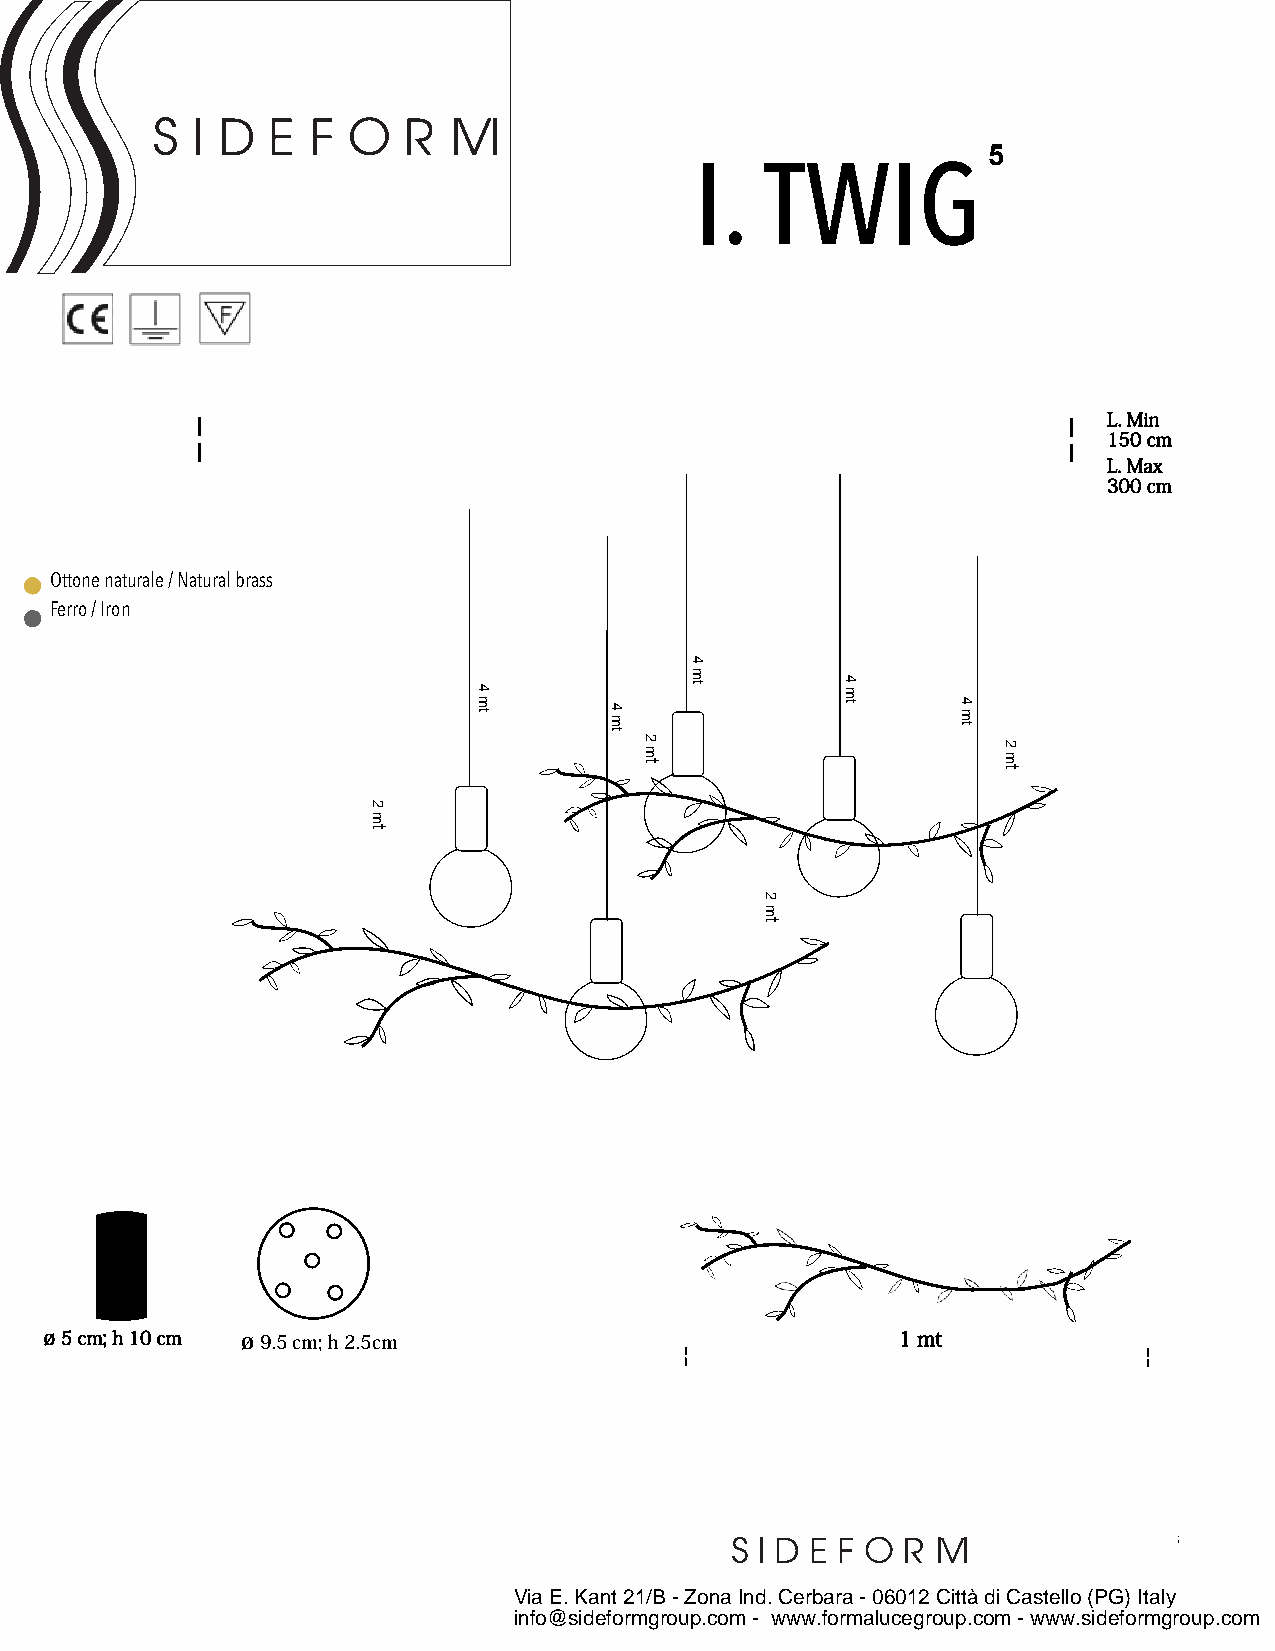
5
 I.   TWIG
 ¦                                                         ¦  L.Min
 150 cm
 L.Max
 300 cm
 Ottone naturale / Natural brass
 Ferro / Iron
 ø 5 cm; h 10 cm ø 9 .5 cm; h 2.5cm                      1 mt
 ¦                              ¦
 Via E. Kant 21/B - Zona Ind. Cerbara - 06012 Città di Castello (PG) Italy
 info@sideformgroup.com - www.formalucegroup.com - www.sideformgroup.com
 2
 mt
 4
 mt
 4
 mt
 2
 mt
 4
 mt
 2
 mt
 4
 mt
 4
 mt
 2
 mt